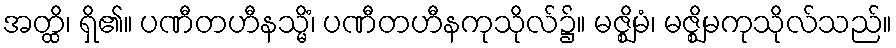
အတ္ထိ၊ ရှိ၏။ ပဏီတဟီနသ္မိံ၊ ပဏီတဟီနကုသိုလ်၌။ မဇ္ဈိမံ၊ မဇ္ဈိမကုသိုလ်သည်။